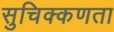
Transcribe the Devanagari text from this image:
सुचिक्कणता